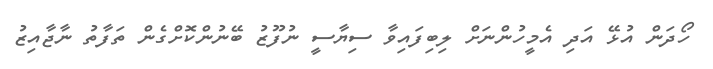
ހޯދަން އުޅޭ އަދި އެމީހުންނަށް ލިބިފައިވާ ސިޔާސީ ނުފޫޒު ބޭނުންކޮށްގެން ތަފާތު ނާޖާއިޒު